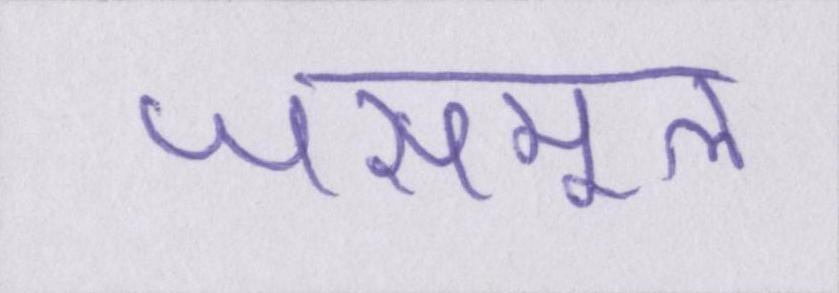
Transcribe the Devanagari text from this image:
जसमूल